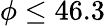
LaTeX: \phi\leq 46.3\